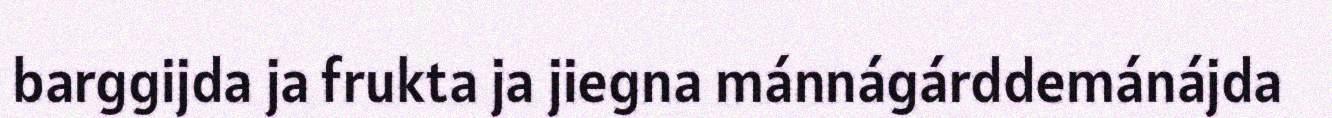
barggijda ja frukta ja jiegna mánnágárddemánájda